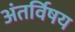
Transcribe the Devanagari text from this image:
अंतर्विषय